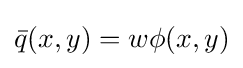
{\bar {q}}(x,y)=w\phi (x,y)